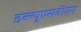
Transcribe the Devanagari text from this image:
डब्ल्यूएसवीएन